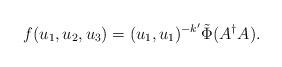
LaTeX: \begin{align*}f(u_1, u_2, u_3) = (u_1, u_1)^{-k'}\tilde\Phi(A^\dag A).\end{align*}